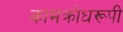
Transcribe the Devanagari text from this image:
कामक्रोधरूपी